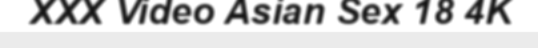
XXX Video Asian Sex 18 4K